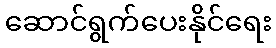
ဆောင်ရွက်ပေးနိုင်ရေး